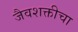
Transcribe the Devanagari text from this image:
जैवशक्तीचा